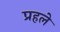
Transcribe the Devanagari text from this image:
प्रहले